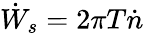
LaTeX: {\dot{W}}_{s}=2\pi T{\dot{n}}